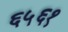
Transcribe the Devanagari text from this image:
६५६१